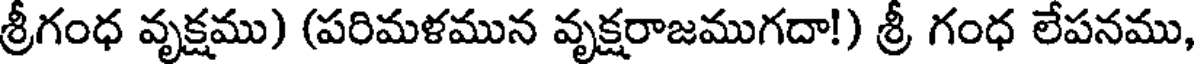
శ్రీగంధ వృక్షము) (పరిమళమున వృక్షరాజముగదా!) శ్రీ గంధ లేపనము,